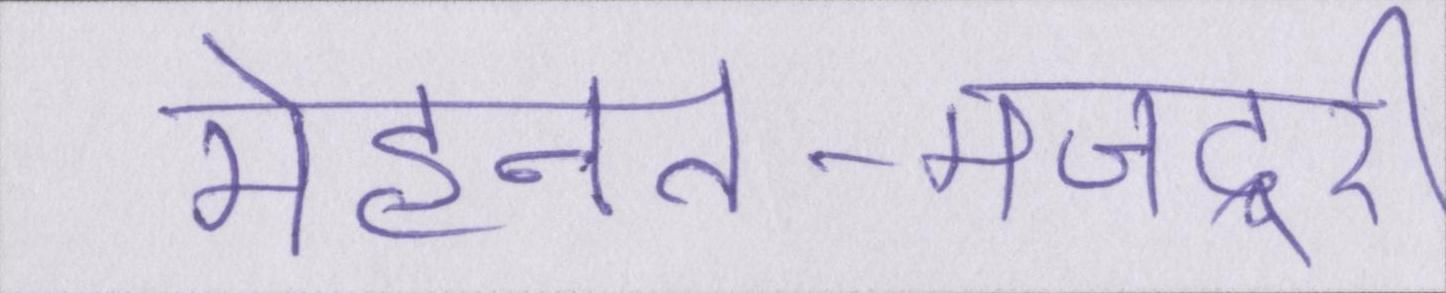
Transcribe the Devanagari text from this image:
मेहनत-मजदूरी